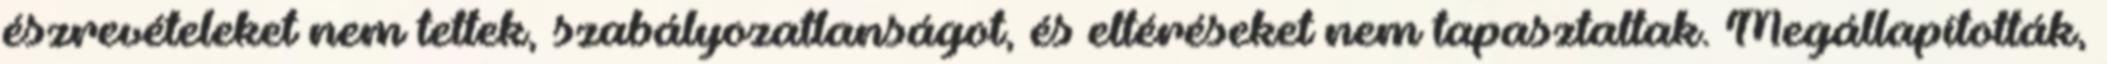
észrevételeket nem tettek, szabályozatlanságot, és eltéréseket nem tapasztaltak. Megállapították,